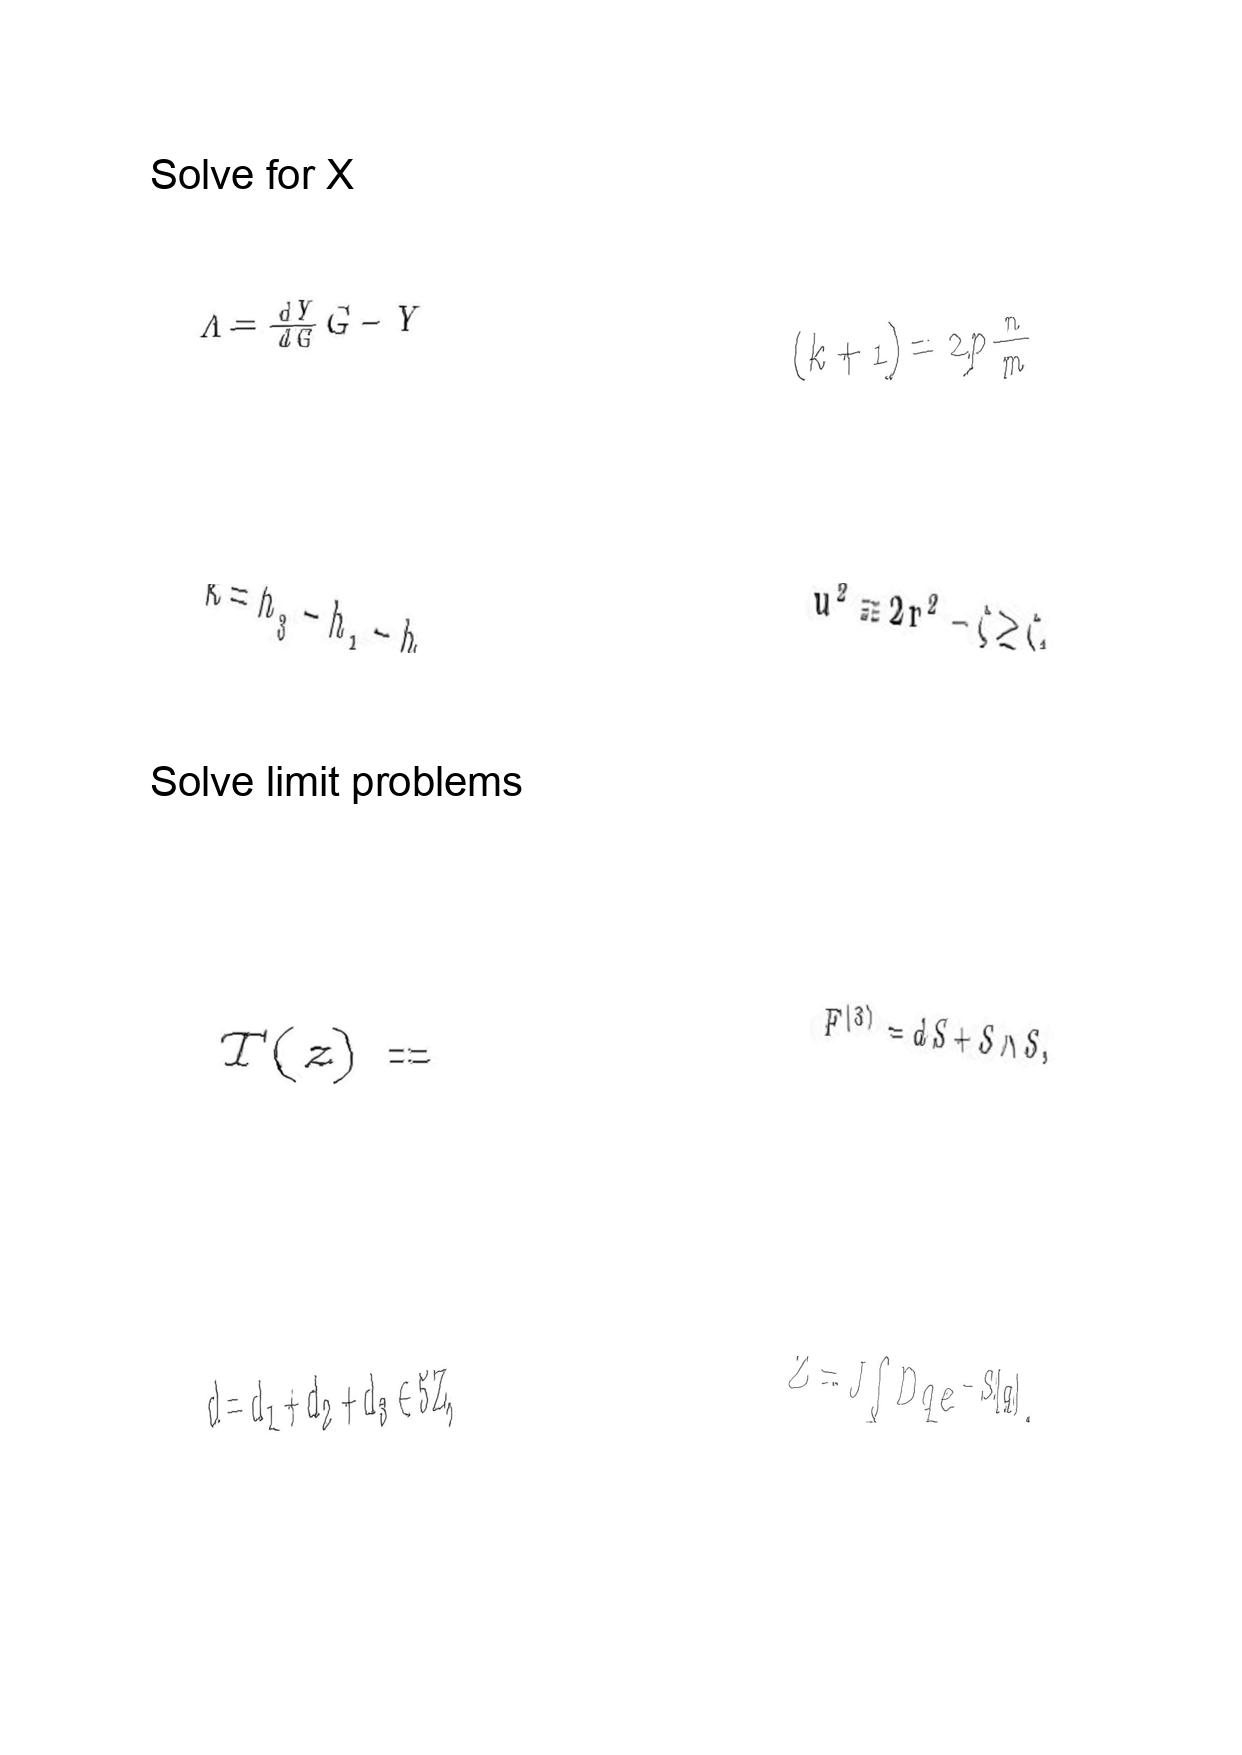
LaTeX transcription:
\Lambda = \frac { d Y } { d G } G - Y
\kappa = h _ { 3 } - h _ { 1 } - h _ { 2 } ,
T \lparen z \rparen =
d = d _ { 1 } + d _ { 2 } + d _ { 3 } \in 5 Z ,
\lparen k + 1 \rparen = 2 p \frac { n } { m }
u ^ { 2 } \equiv 2 r ^ { 2 } - \zeta \geq \zeta ,
F ^ { \lparen 3 \rparen } = d S + S \wedge S ,
Z = J \int D q e ^ { - S \lbrack q \rbrack } ,